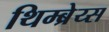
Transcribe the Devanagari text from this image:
थिम्ब्रेय्स